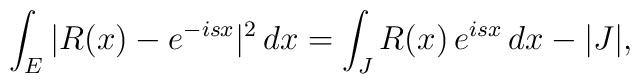
\int_E|R(x)-e^{-isx}|^2\,dx=\int_JR(x)\,e^{isx}\,dx-|J|,